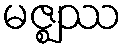
မဇ္ဈဿ